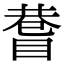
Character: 𥈄